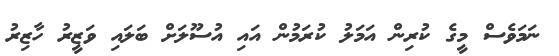
ނަމަވެސް މީގެ ކުރިން އަމަލު ކުރަމުން އައި އުސޫލަށް ބަލައި ވަޒީރު ހާޒިރު